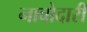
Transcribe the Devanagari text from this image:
नावोदारी